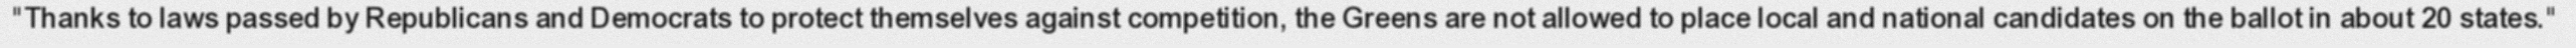
"Thanks to laws passed by Republicans and Democrats to protect themselves against competition, the Greens are not allowed to place local and national candidates on the ballot in about 20 states."